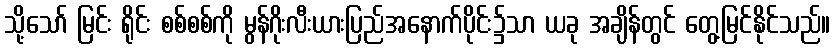
သို့သော် မြင်း ရိုင်း စစ်စစ်ကို မွန်ဂိုးလီးယားပြည်အနောက်ပိုင်း၌သာ ယခု အချိန်တွင် တွေ့မြင်နိုင်သည်။